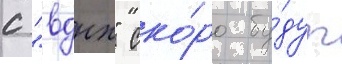
с "вднх" ско́ро бу́дут